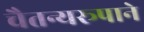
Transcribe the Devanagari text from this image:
चैतन्यरूपाने